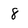
Character: 8